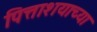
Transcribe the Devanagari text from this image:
पित्ताशयाच्या